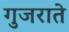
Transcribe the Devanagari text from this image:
गुजराते